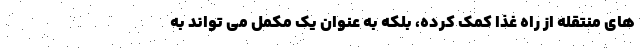
های منتقله از راه غذا کمک کرده، بلکه به عنوان یک مکمل می تواند به